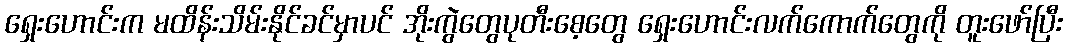
ရှေးဟောင်းက မထိန်းသိမ်းနိုင်ခင်မှာပင် အိုးကွဲတွေပုတီးစေ့တွေ ရှေးဟောင်းလက်ကောက်တွေကို တူးဖော်ပြီး